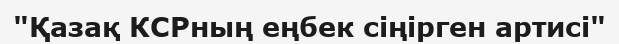
"Қазақ КСРның еңбек сіңірген артисі"